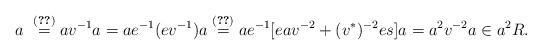
LaTeX: \begin{align*} a &~\stackrel{(\ref{2.7})}{=}av^{-1}a=ae^{-1}(ev^{-1})a\stackrel{(\ref{2.10})}{=}ae^{-1}[eav^{-2}+(v^{\ast})^{-2}es]a=a^2v^{-2}a\in a^2R.\end{align*}